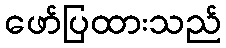
ဖော်ပြထားသည်